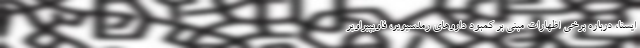
ایسنا، درباره برخی اظهارات مبنی بر کمبود داروهای رمدسیویر، فاویپیراویر